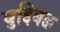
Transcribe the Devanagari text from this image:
बुद्दिबळ